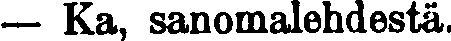
— Ka, sanomalehdestä.